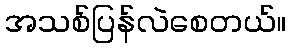
အသစ်ပြန်လဲစေတယ်။